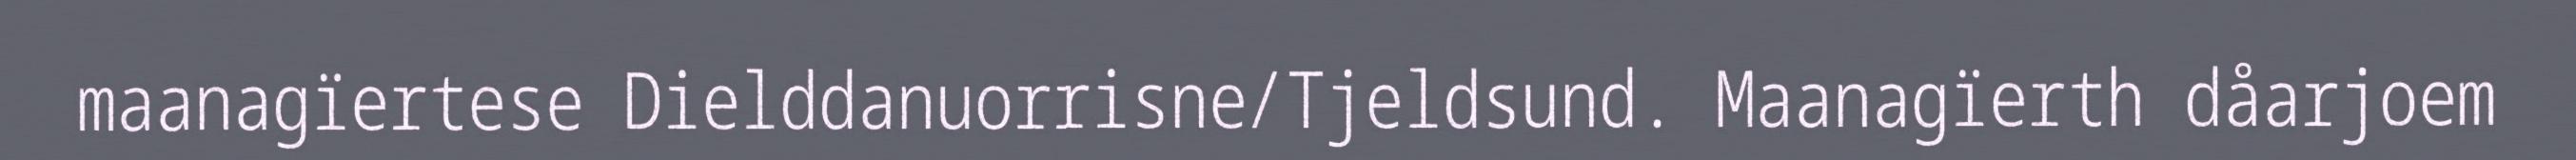
maanagïertese Dielddanuorrisne/Tjeldsund. Maanagïerth dåarjoem